Lunatic asylums in Bengal annual reports 1912-1924 - 1912-1924
Year: 1912
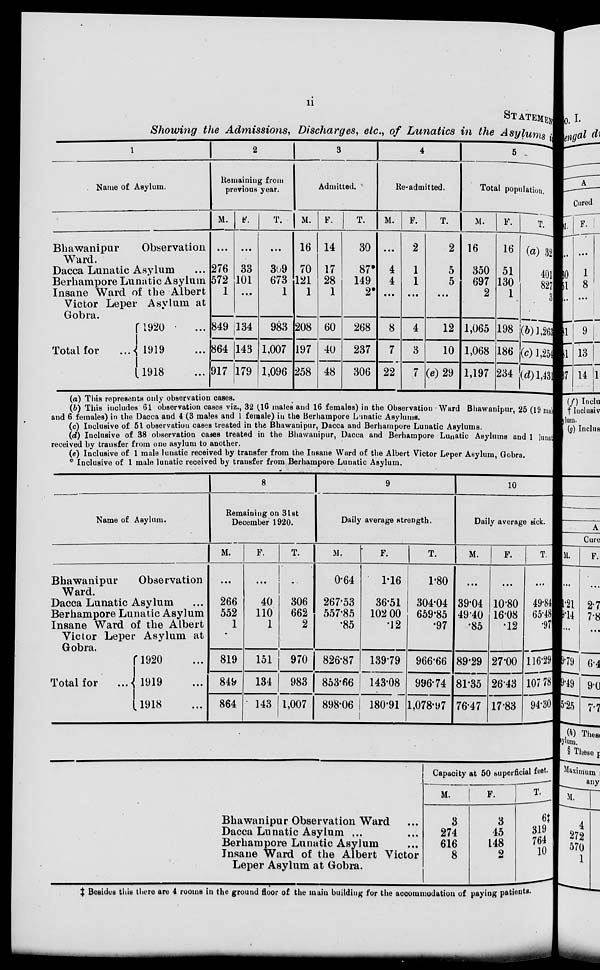
ii
STATEMEN
Showing the Admissions, Discharges, etc., of Lunatics in the Asylums
1
Name of Asylum.
Bhawanipur
Observation
Ward.
Dacca Lunatic Asylum ...
Berhampore Lunatic Asylum
Insane Ward of the Albert
Victor Leper Asylum at
Gobra.
Total for
1920 ...
1919 ...
1918 ...
2
Remaining from
previous year.
M.
...
276
572
1
849
864
917
F.
...
33
101
...
134
143
179
T.
...
309
673
1
983
1,007
1,096
3
Admitted.
M.
16
70
121
1
208
197
258
F.
14
17
28
1
60
40
48
T.
30
87*
149
2*
268
237
306
4
Re-admitted.
M.
...
4
4
...
8
7
22
F.
2
1
1
...
4
3
7
T.
2
5
5
...
12
10
(e)29
5
Total population.
M.
16
350
697
2
1,065
1,068
1,197
F.
16
51
130
1
198
186
234
T.
(a) 32
401
827
3
(b)1,263
(c) 1,254
(d) 1,431
(a) This represents only observation cases.
(b) This included 61 observation cases viz., 32 (16 males and 16 females) in the Observation Ward Bhawanipur, 25 (19 mal
and 6 females) in the Dacca and 4 (3 males and 1 female) in the Berhampore Lunatic Asylums.
(c) Inclusive of 51 observation cases treated in the Bhawanipur, Dacca and Berhampore Lunatic Asylums.
(d) Inclusive of 38 observation cases treated in the Bhawanipur, Dacca and Berhampore Lunatic Asylums and 1 lunat
received by transfer from one asylum to another.
(e) Inclusive of 1 male lunatic received by transfer from the Insane Ward of the Albert Victor Leper Asylum, Gobra.
° Inclusive of 1 male lunatic received by transfer from Berhampore Lunatic Asylum.
Name of Asylum.
Bhawanipur
Observation
Ward.
Dacca Lunatic Asylum ...
Berhampore Lunatic Asylum
Insane Ward of the Albert
Victor Leper Asylum at
Gobra.
Total for
...
1920 ...
1919 ...
1918 ...
8
Remaining on 31st
December 1920.
M.
...
266
552
1
819
849
864
F.
...
40
110
1
151
134
143
T.
...
306
662
2
970
983
1,007
9
Daily average strength.
M.
0.64
267.53
557.85
.85
826.87
853.66
898.06
F.
1.16
36.51
102.00
.12
139.79
143.08
180.91
T.
1.80
304.04
659.85
.97
966.66
996.74
1,078.97
10
Daily average sick.
M.
...
39.04
49.40
.85
89.29
81.35
76.47
F.
...
10.80
16.08
.12
27.00
26.43
17.83
T.
...
49.84
65.48
.97
116.29
107.78
94.30
Bhawanipur Observation Ward ...
Dacca Lunatic Asylum ... ...
Berhampore Lunatic Asylum ...
Insane Ward of the Albert Victor
Leper Asylum at Gobra.
Capacity at 50 superficial feet.
M.
3
274
616
8
F.
3
45
148
2
T.
6‡
319
764
10
‡ Besides this there are 4 rooms in the ground floor of the main building for the accommodation of paying patients.